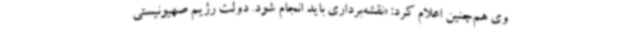
وی هم‌چنین اعلام کرد: «نقشه‌برداری باید انجام شود. دولت رژیم صهیونیستی